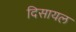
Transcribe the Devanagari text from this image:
दिसायल